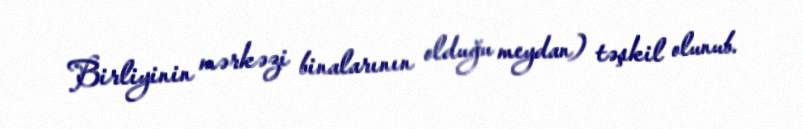
Birliyinin mərkəzi binalarının olduğu meydan) təşkil olunub.